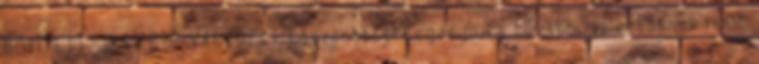
BŐVÍTETT, JAVÍTOTT VÁLTOZAT Köszönettel fogadjuk a további jelentősnek ítélt